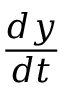
\frac { d y } { d t }